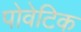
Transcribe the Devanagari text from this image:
पोवेटिक